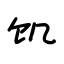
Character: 饥